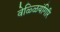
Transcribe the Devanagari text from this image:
वेळ्ळियंगिरि